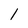
Character: 1